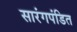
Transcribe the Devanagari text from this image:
सारंगपंडित